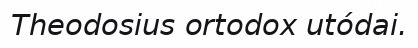
Theodosius ortodox utódai.